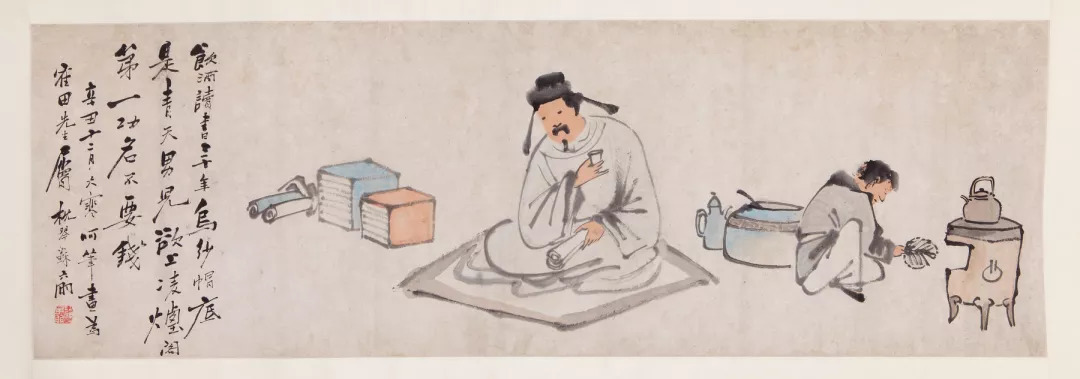
酒盈杯，书满架，名利不将心挂。